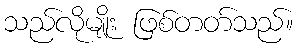
သည်လိုမျိုး ဖြစ်တတ်သည်။